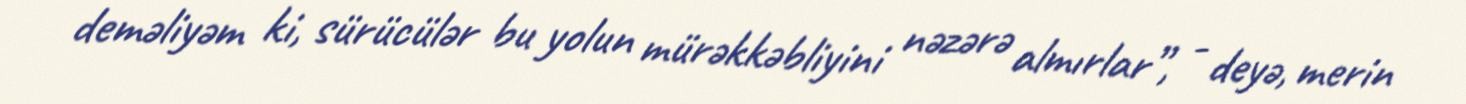
deməliyəm ki, sürücülər bu yolun mürəkkəbliyini nəzərə almırlar”, - deyə, merin